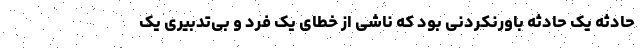
حادثه یک حادثه باورنکردنی بود که ناشی از خطای یک فرد و بی‌تدبیری یک